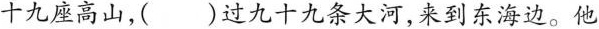
十九座高山，()过九十九条大河，来到东海边。他